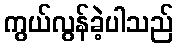
ကွယ်လွန်ခဲ့ပါသည်